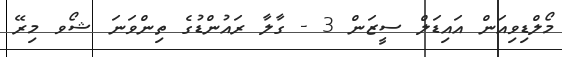
މޯލްޑިވިއަން އައިޑަލް ސީޒަން 3 - ގާލާ ރައުންޑުގެ ތިންވަނަ ޝޯވ މިރޭ